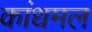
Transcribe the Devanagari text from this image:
कांधमल